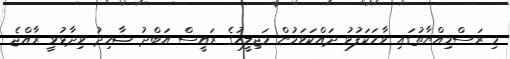
މި ރަސްމިއްޔާތުގައި ވާހަކަފުޅު ދައްކަވަމުން މަޖިލީހުގެ ރައީސް އަބްދު ޝާހިދު ވިދާޅުވީ ރާއްޖެ